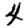
Digit: 4